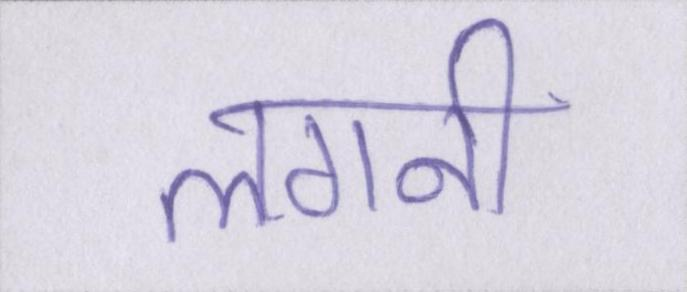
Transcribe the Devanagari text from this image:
लगनी